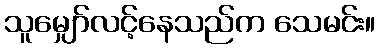
သူမျှော်လင့်နေသည်က သေမင်း။